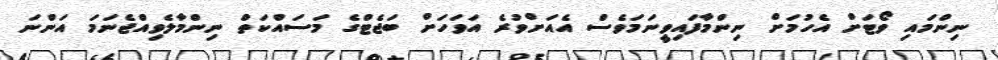
ނިންމައި ވޯޓަށް އެހުމަށް ނިންމާފައިވީނަމަވެސް އެއަށްވުރެ އަވަހަށް ބަޖެޓްގެ މަސައްކަތް ނިންމާލެވިއްޖެނަމަ އަންނަ